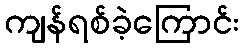
ကျန်ရစ်ခဲ့ကြောင်း